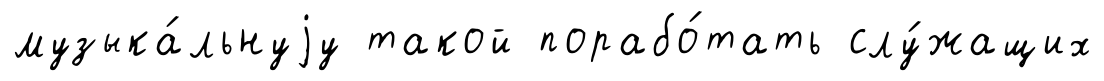
музыка́льнуjу такой порабо́тать слу́жащих